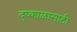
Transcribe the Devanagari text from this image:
दुष्काळासाठी